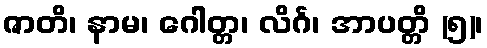
ဇာတိ၊ နာမ၊ ဂေါတ္တ၊ လိင်္ဂ၊ အာပတ္တိ (၅)၊